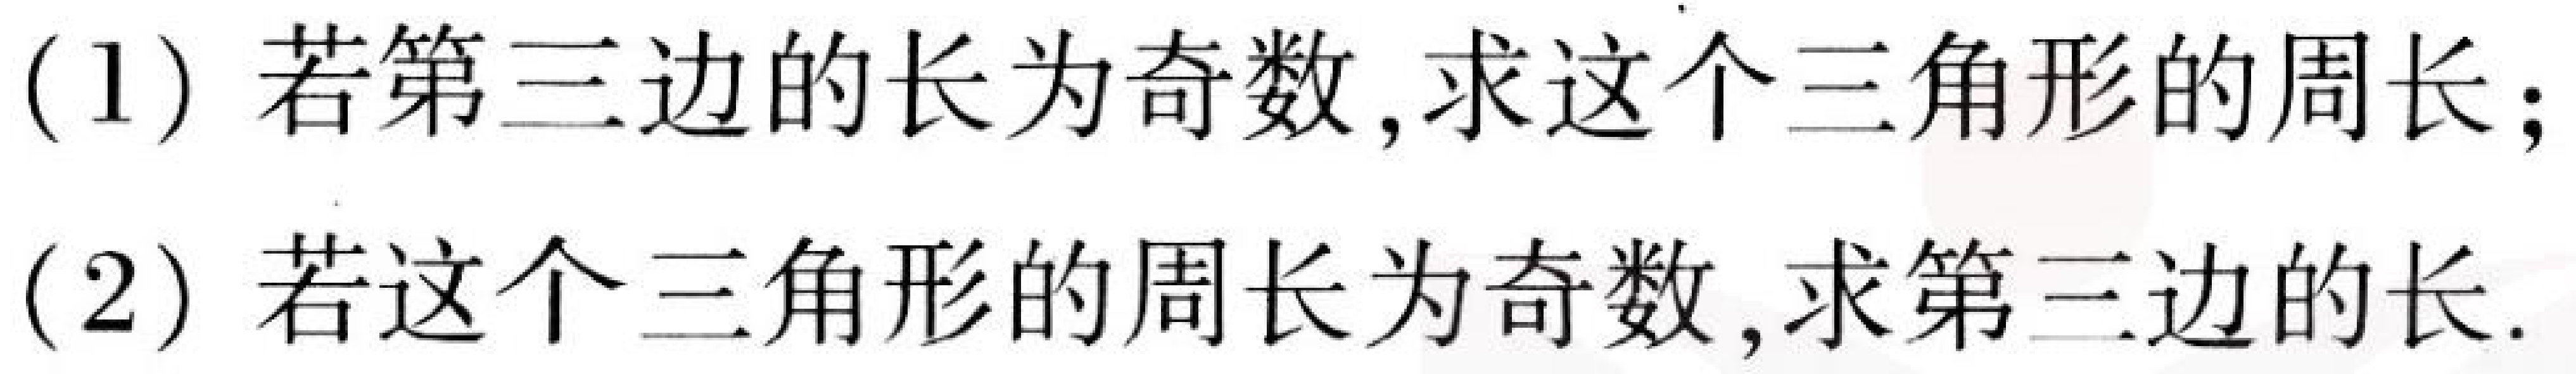
(1) 若第三边的长为奇数,求这个三角形的周长;
(2) 若这个三角形的周长为奇数,求第三边的长.